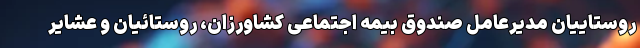
روستاییان مدیرعامل صندوق بیمه اجتماعی کشاورزان، روستائیان و عشایر